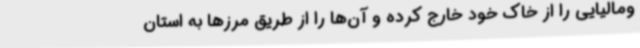
ومالیایی را از خاک خود خارج کرده و آن‌ها را از طریق مرزها به استان